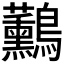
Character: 𪈧